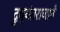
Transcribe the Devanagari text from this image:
दुष्यंतराजाने